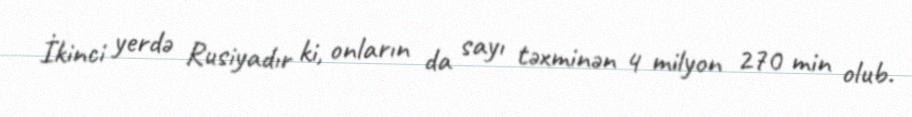
İkinci yerdə Rusiyadır ki, onların da sayı təxminən 4 milyon 270 min olub.